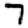
Digit: 7